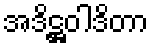
အဒိဋ္ဌဝါဒိတာ